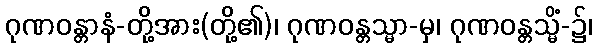
ဂုဏဝန္တာနံ-တို့အား(တို့၏)၊ ဂုဏဝန္တသ္မာ-မှ၊ ဂုဏဝန္တသ္မိံ-၌၊